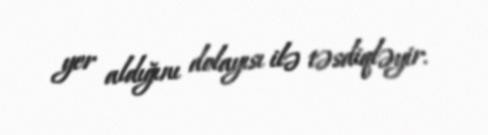
yer aldığını dolayısı ilə təsdiqləyir.